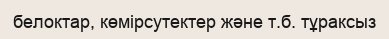
белоктар, көмірсутектер және т.б. тұраксыз